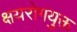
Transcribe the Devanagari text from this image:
क्षयरोगयुक्त